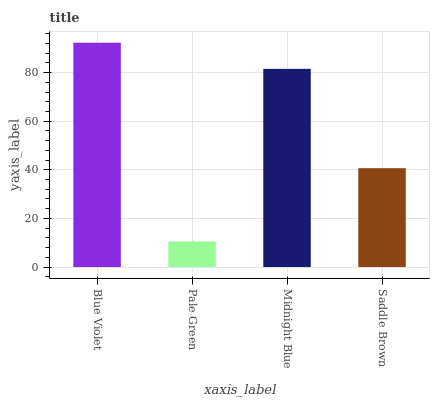
| xaxis_label | bars |
 | --- | --- |
 | Blue Violet | 92.3 |
 | Pale Green | 10.5 |
 | Midnight Blue | 81.5 |
 | Saddle Brown | 40.7 |